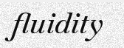
fluidity